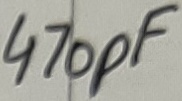
Text: 470pF